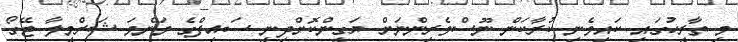
މި ތާރީހުގައި ކައިވެނި ކުރާކަން ނޫސްވެރިންނަށް ޔަގީންކޮށްދިނީ ސައިފްގެ މަންމަ ޝަރްމީލާ ޓޭގޯ